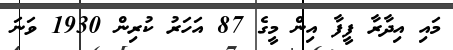
މައި އިދާރާ ފީފާ އިން މީގެ 87 އަހަރު ކުރިން 1930 ވަނަ